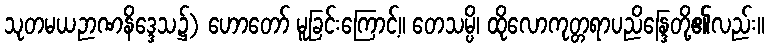
သုတမယဉာဏနိဒ္ဒေသ၌) ဟောတော် မူခြင်းကြောင့်။ တေသမ္ပိ၊ ထိုလောကုတ္တရာပညိန္ဒြေတို့၏လည်း။